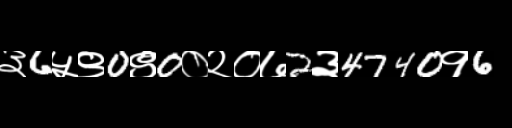
Text: ३6५९0९0०२०७2३4740१6